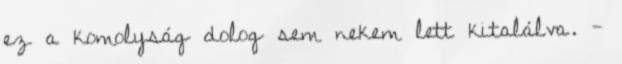
ez a komolyság dolog sem nekem lett kitalálva. -